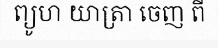
ព្យូហ យាត្រា ចេញ ពី